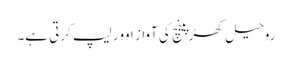
روحیل کھڑپینچ کی آواز اوور لیپ کرتی ہے۔